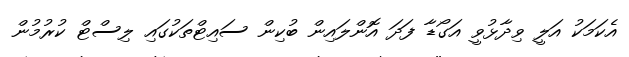
އެކަމަކު އަލީ ވިދާޅުވީ އަގޯޑާ ފަދަ އޮންލައިން ބުކިން ސައިޓްތަކުގައި ލިސްޓް ކުރުމުން